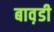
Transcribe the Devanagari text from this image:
बाव़डी